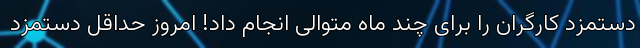
دستمزد کارگران را برای چند ماه متوالی انجام داد! امروز حداقل دستمزد